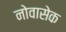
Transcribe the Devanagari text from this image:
नोवासेक